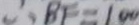
\therefore B F = 1 0 0